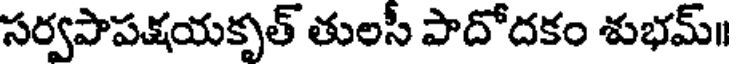
సర్వపాపక్షయకృత్ తులసీ పాదోదకం శుభమ్॥